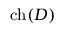
\operatorname { c h } ( D )